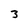
Character: 3